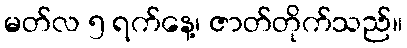
မတ်လ ၅ ရက်နေ့၊ ဇာတ်တိုက်သည်။